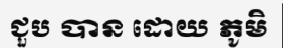
ជួប បាន ដោយ ភូមិ